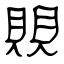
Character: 賏